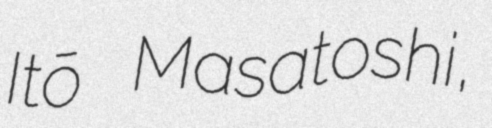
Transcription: Itō Masatoshi,